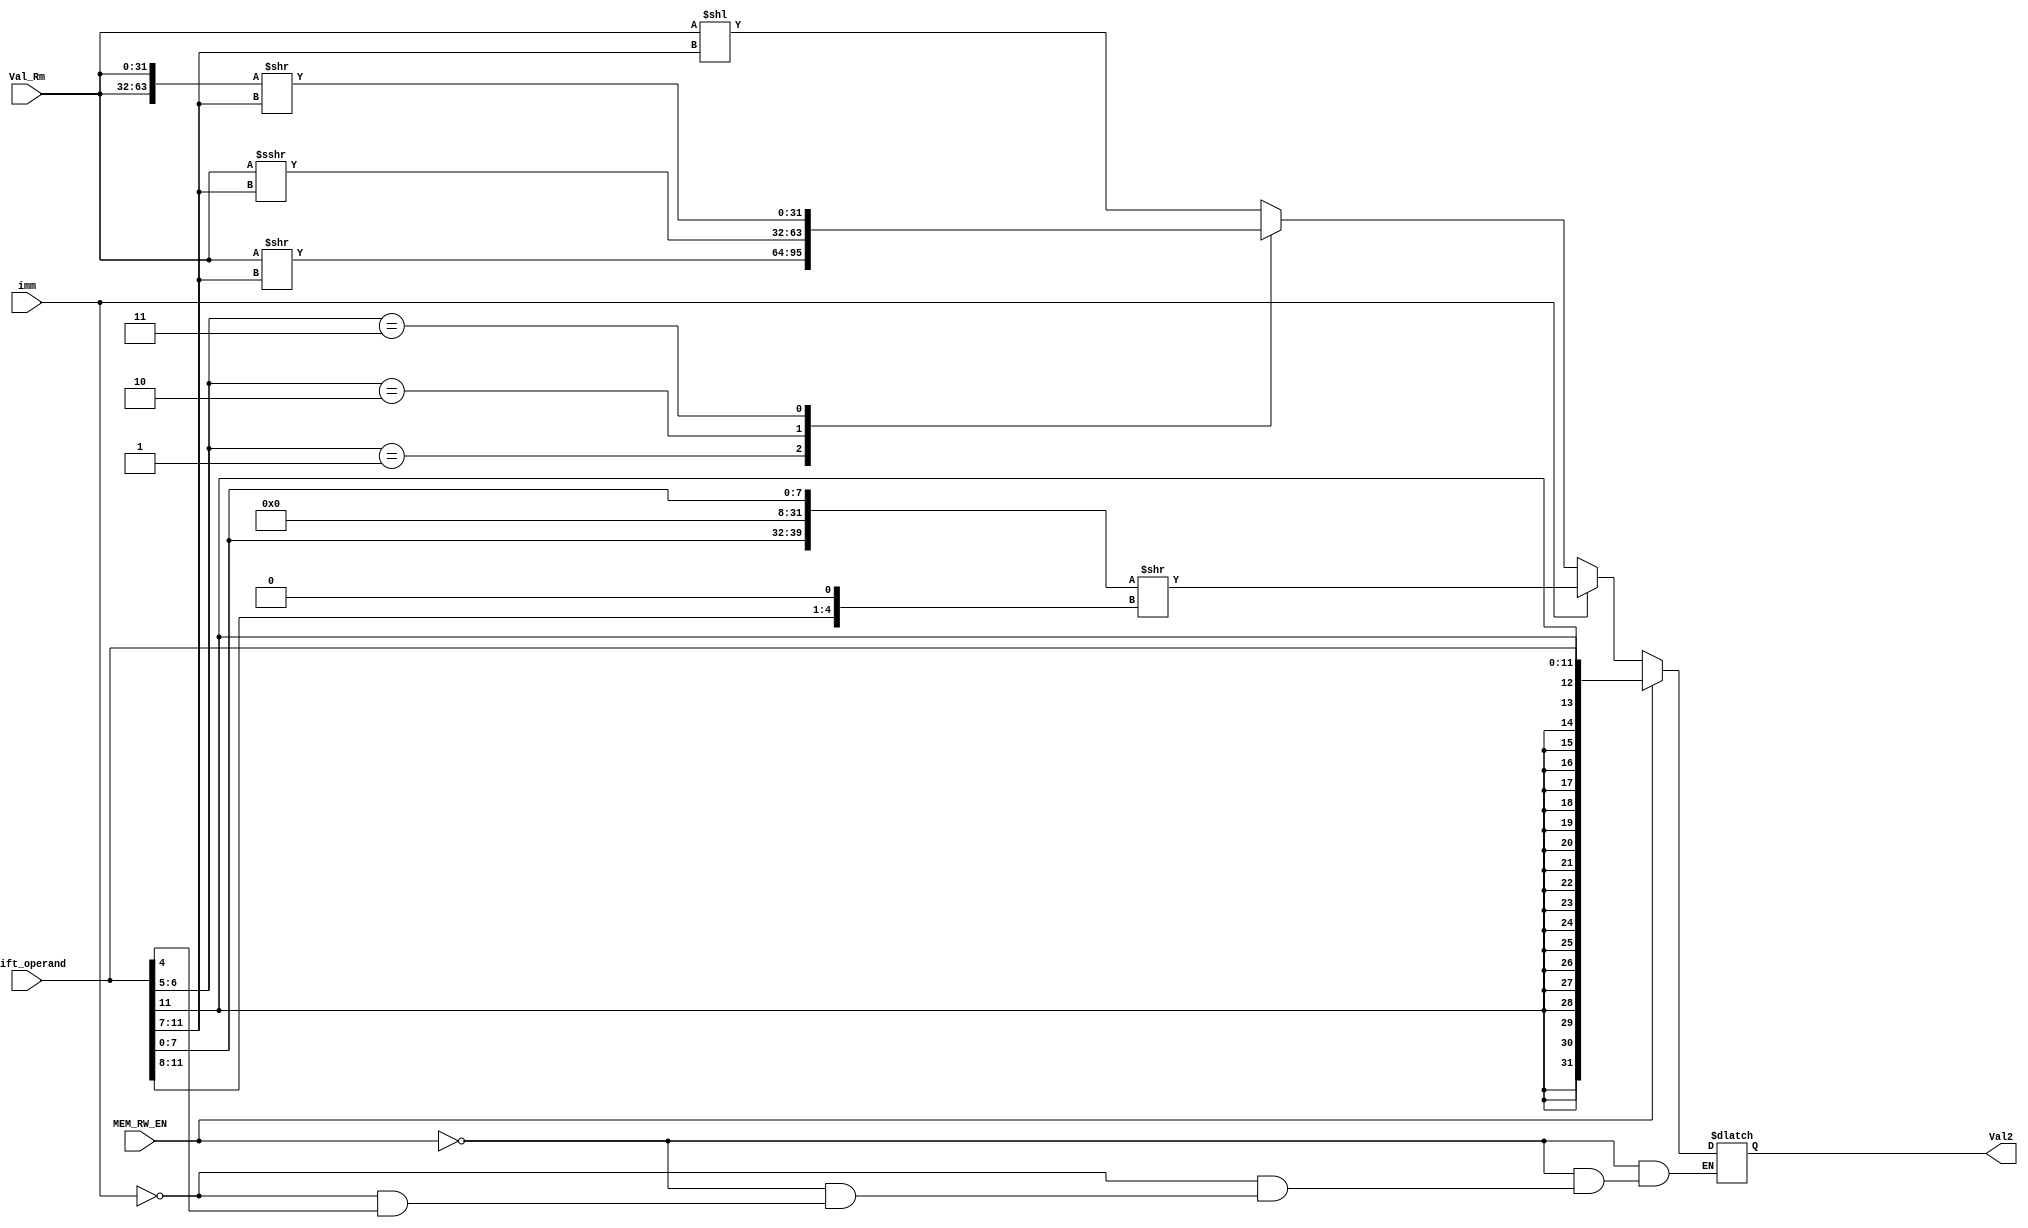
module Val2_Gen (
	imm,
	MEM_RW_EN,
	shift_operand,
	Val_Rm,
	Val2
);
	input imm;
	input MEM_RW_EN;
	input[11:0] shift_operand;
	input[31:0] Val_Rm;
	output reg[31:0] Val2;
	
	always @(imm, MEM_RW_EN, shift_operand, Val_Rm) 
	begin
		if (MEM_RW_EN == 1)
		begin
			Val2 = {{20{shift_operand[11]}}, shift_operand[11:0]};
		end
		else if (imm == 1) begin
			Val2 = {shift_operand[7:0], 24'b0, shift_operand[7:0]} >> {shift_operand[11:8], 1'b0};
		end
		else if(shift_operand[4] == 1'b0)
		begin
			case(shift_operand[6:5])
				2'b00:  Val2 = Val_Rm 		   << 	shift_operand[11:7];
		        2'b01:	Val2 = Val_Rm 		   >> 	shift_operand[11:7];
		        2'b10:	Val2 = Val_Rm 		   >>> 	shift_operand[11:7];
		        2'b11:	Val2 = {Val_Rm,Val_Rm} >>   shift_operand[11:7];
			endcase
		end
	end
endmodule